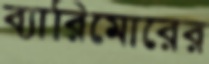
ব্যারিমোরের